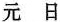
元日